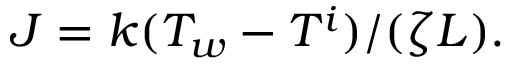
J = { k ( T _ { w } - T ^ { i } ) } / ( { \zeta { \cal L } } ) .